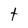
Character: t